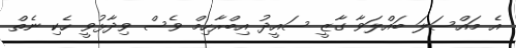
އެ މައްސަލަ ބައްލަވާ ގާޒީ ސައީދު އިބްރާހިމް ވެސް ވިދާޅުވީ ހެކި ނެތް